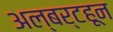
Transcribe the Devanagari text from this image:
अल्बर्टहून